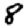
Digit: 8